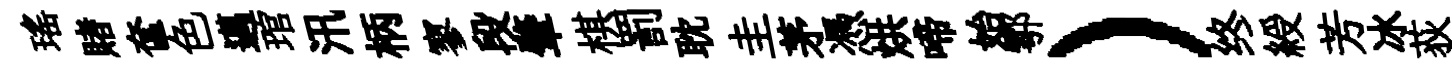
瑶賭奩色邁琯汛柄寥段肇棋罰耽圭茅憑烘啼始鄠）终綬芳冰荻